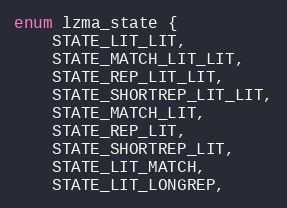
Language: C
enum lzma_state {
    STATE_LIT_LIT,
    STATE_MATCH_LIT_LIT,
    STATE_REP_LIT_LIT,
    STATE_SHORTREP_LIT_LIT,
    STATE_MATCH_LIT,
    STATE_REP_LIT,
    STATE_SHORTREP_LIT,
    STATE_LIT_MATCH,
    STATE_LIT_LONGREP,